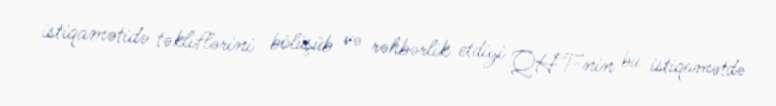
istiqamətidə təkliflərini bölüşüb və rəhbərlik etdiyi QHT-nin bu istiqamətdə